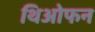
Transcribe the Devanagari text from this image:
थिओफन